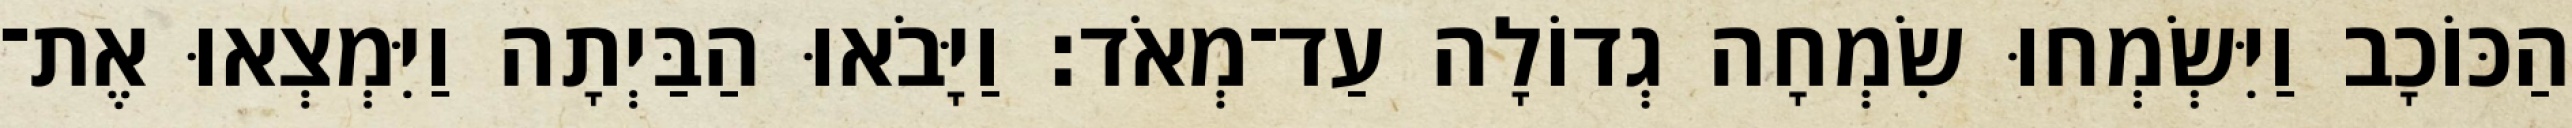
הַכּוֹכָב וַיִּשְׂמְחוּ שִׂמְחָה גְדוֹלָה עַד־מְאֹד׃ וַיָּבֹאוּ הַבַּיְתָה וַיִּמְצְאוּ אֶת־